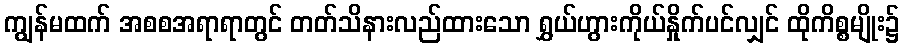
ကျွန်မထက် အစစအရာရာတွင် တတ်သိနားလည်ထားသော ရွှယ်ဟွားကိုယ်နှိုက်ပင်လျှင် ထိုကိစ္စမျိုး၌